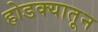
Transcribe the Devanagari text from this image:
होडक्यातून